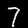
Label: 7